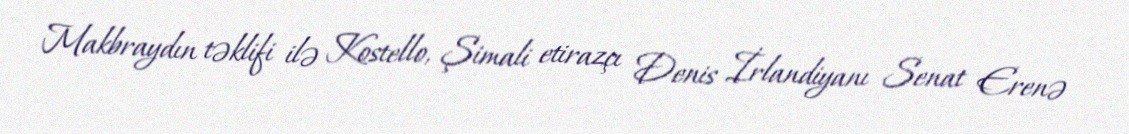
Makbraydın təklifi ilə Kostello, Şimali etirazçı Denis İrlandiyanı Senat Erenə